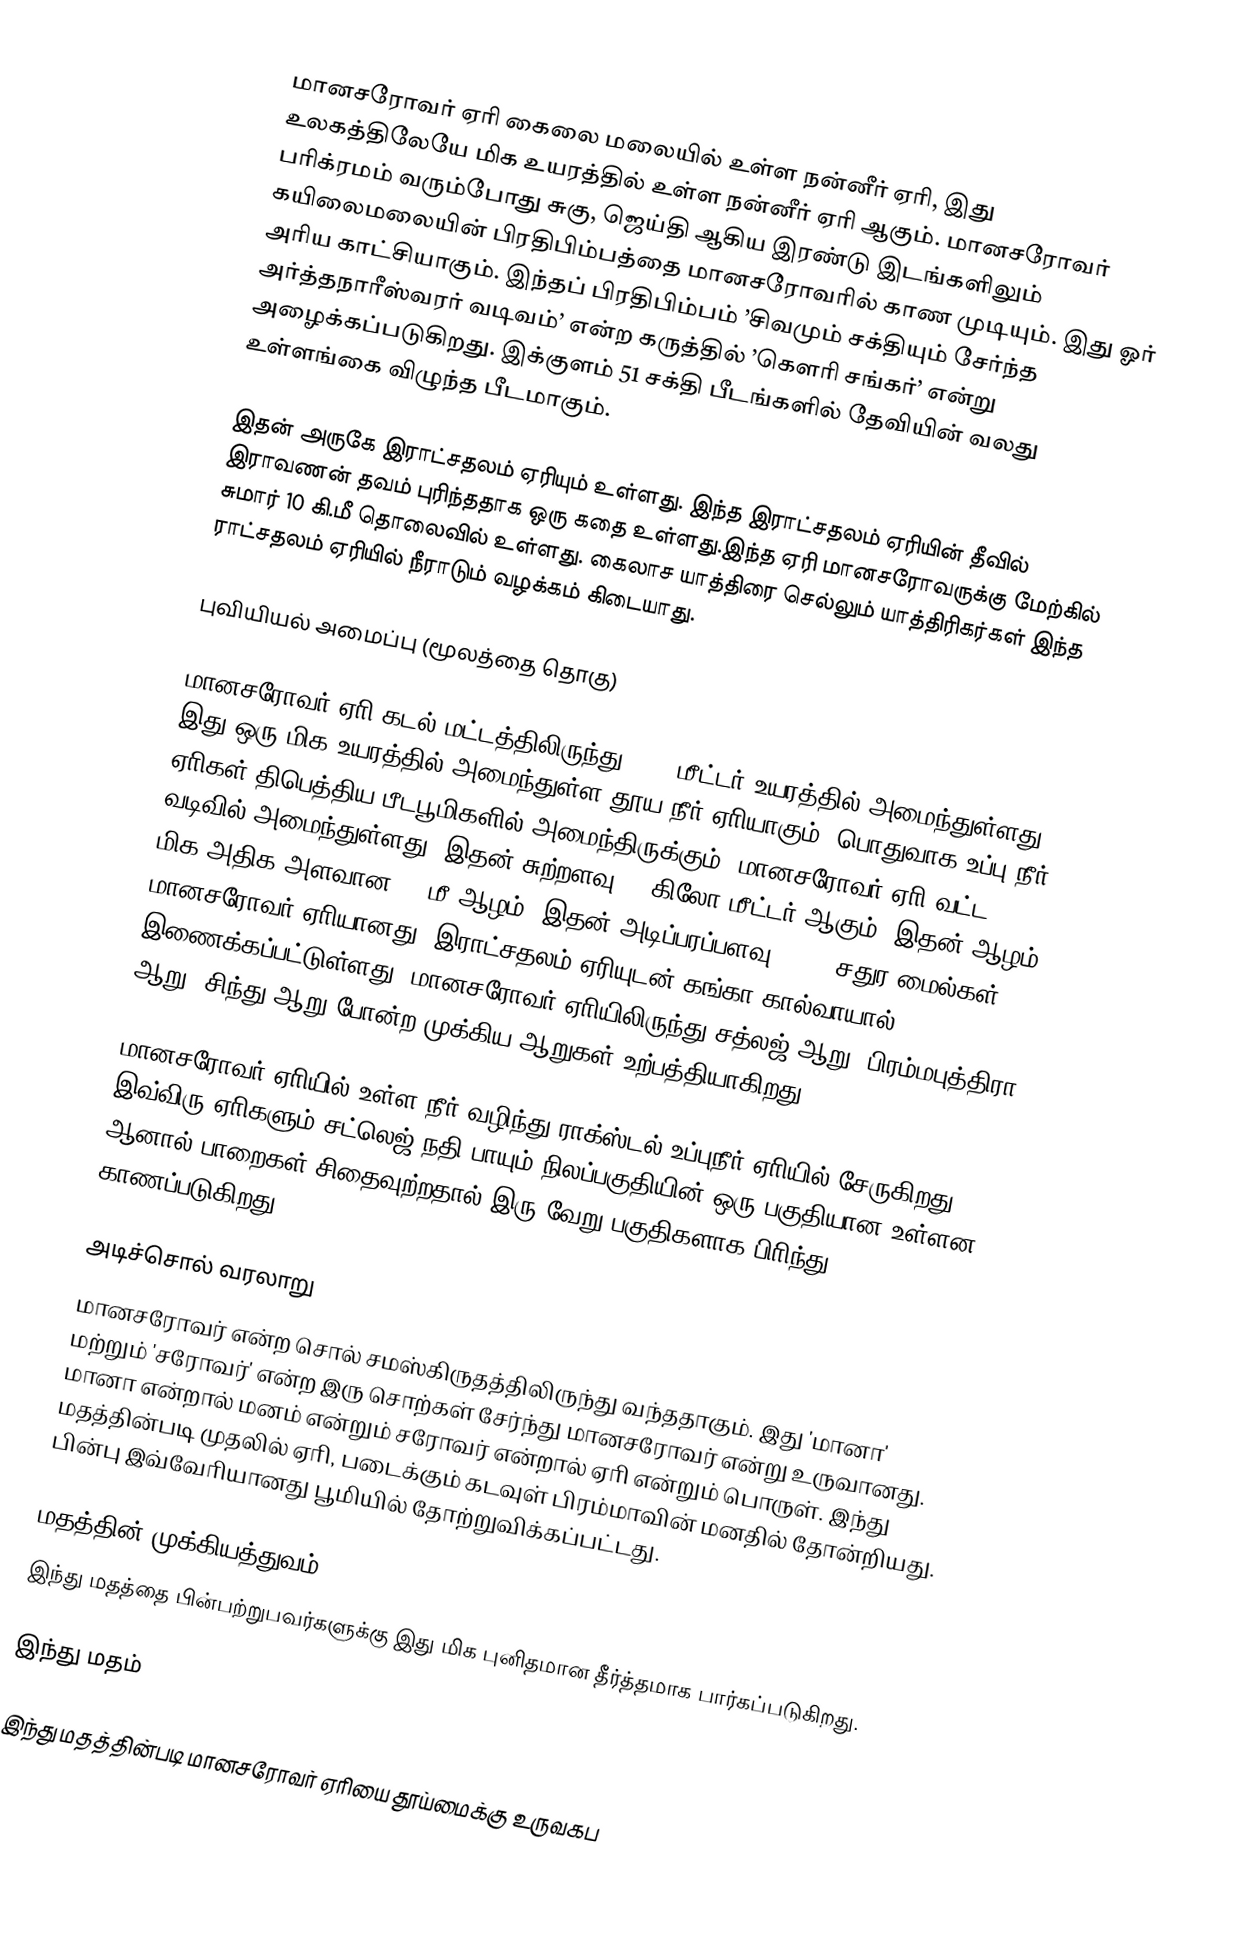
மானசரோவர் ஏரி கைலை மலையில் உள்ள நன்னீர் ஏரி, இது உலகத்திலேயே மிக உயரத்தில் உள்ள நன்னீர் ஏரி ஆகும். மானசரோவர் பரிக்ரமம் வரும்போது சுகு, ஜெய்தி ஆகிய இரண்டு இடங்களிலும் கயிலைமலையின் பிரதிபிம்பத்தை மானசரோவரில் காண முடியும். இது ஓர் அரிய காட்சியாகும். இந்தப் பிரதிபிம்பம் ’சிவமும் சக்தியும் சேர்ந்த அர்த்தநாரீஸ்வரர் வடிவம்’ என்ற கருத்தில் ’கௌரி சங்கர்’ என்று அழைக்கப்படுகிறது. இக்குளம் 51 சக்தி பீடங்களில் தேவியின் வலது உள்ளங்கை விழுந்த பீடமாகும்.

இதன் அருகே இராட்சதலம் ஏரியும் உள்ளது. இந்த இராட்சதலம் ஏரியின் தீவில் இராவணன் தவம் புரிந்ததாக ஒரு கதை உள்ளது.இந்த ஏரி மானசரோவருக்கு மேற்கில் சுமார் 10 கி.மீ தொலைவில் உள்ளது. கைலாச யாத்திரை செல்லும் யாத்திரிகர்கள் இந்த ராட்சதலம் ஏரியில் நீராடும் வழக்கம் கிடையாது.

புவியியல் அமைப்பு (மூலத்தை தொகு)

மானசரோவர் ஏாி கடல் மட்டத்திலிருந்து 4590 மீட்டர் உயரத்தில் அமைந்துள்ளது. இது ஒரு மிக உயரத்தில் அமைந்துள்ள தூய நீர் ஏாியாகும். பொதுவாக உப்பு நீர் ஏாிகள் திபெத்திய பீடபூமிகளில் அமைந்திருக்கும். மானசரோவர் ஏாி வட்ட வடிவில் அமைந்துள்ளது. இதன் சுற்றளவு 88 கிலோ மீட்டர் ஆகும். இதன் ஆழம் மிக அதிக அளவான 90 மீ ஆழம். இதன் அடிப்பரப்பளவு 123.6 சதுர மைல்கள். மானசரோவர் ஏாியானது, இராட்சதலம் ஏரியுடன் கங்கா கால்வாயால் இணைக்கப்பட்டுள்ளது. மானசரோவர் ஏாியிலிருந்து சத்லஜ் ஆறு, பிரம்மபுத்திரா ஆறு, சிந்து ஆறு போன்ற முக்கிய ஆறுகள் உற்பத்தியாகிறது.

மானசரோவர் ஏாியில் உள்ள நீர் வழிந்து ராக்ஸ்டல் உப்புநீர் ஏாியில் சேருகிறது. இவ்விரு ஏாிகளும் சட்லெஜ் நதி பாயும் நிலப்பகுதியின் ஒரு பகுதியான உள்ளன. ஆனால் பாறைகள் சிதைவுற்றதால் இரு வேறு பகுதிகளாக பிாிந்து காணப்படுகிறது.

அடிச்சொல் வரலாறு
மானசரோவர் என்ற சொல் சமஸ்கிருதத்திலிருந்து வந்ததாகும். இது 'மானா' மற்றும் 'சரோவர்' என்ற இரு சொற்கள் சேர்ந்து மானசரோவர் என்று உருவானது. மானா என்றால் மனம் என்றும் சரோவர் என்றால் ஏாி என்றும் பொருள். இந்து மதத்தின்படி முதலில் ஏாி, படைக்கும் கடவுள் பிரம்மாவின் மனதில் தோன்றியது. பின்பு இவ்வோியானது பூமியில் தோற்றுவிக்கப்பட்டது.

மதத்தின் முக்கியத்துவம்
இந்து மதத்தை பின்பற்றுபவர்களுக்கு இது மிக புனிதமான தீர்த்தமாக பார்கப்படுகிறது.

இந்து மதம்

இந்து மதத்தின்படி மானசரோவர் ஏாியை தூய்மைக்கு உருவகப